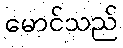
မောင်သည်